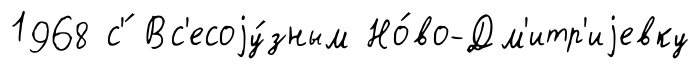
1968 с'́ Вс'есоjу́зным Но́во-Дм'итр'иjевку